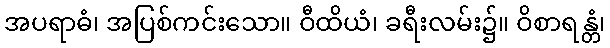
အပရာဓံ၊ အပြစ်ကင်းသော။ ဝီထိယံ၊ ခရီးလမ်း၌။ ဝိစာရန္တံ၊